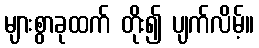
များစွာခုထက် တိုး၍ ပျက်လိမ့်။